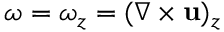
\omega = \omega _ { z } = ( \nabla \times \mathbf { u } ) _ { z }